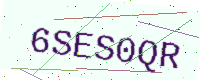
Text: 6SES0QR